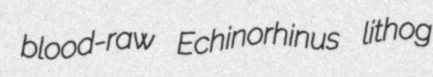
blood-raw Echinorhinus lithog